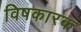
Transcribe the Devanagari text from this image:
विषकारक